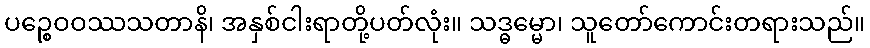
ပဉ္စေဝဝဿသတာနိ၊ အနှစ်ငါးရာတို့ပတ်လုံး။ သဒ္ဓမ္မော၊ သူတော်ကောင်းတရားသည်။